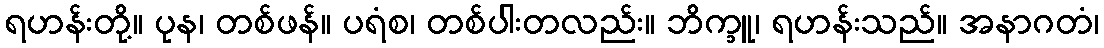
ရဟန်းတို့။ ပုန၊ တစ်ဖန်။ ပရံစ၊ တစ်ပါးတလည်း။ ဘိက္ခူ၊ ရဟန်းသည်။ အနာဂတံ၊